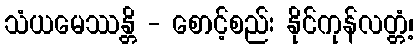
သံယမေဿန္တိ - စောင့်စည်း နိုင်ကုန်လတ္တံ့၊